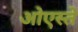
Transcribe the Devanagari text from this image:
ओएस्ते